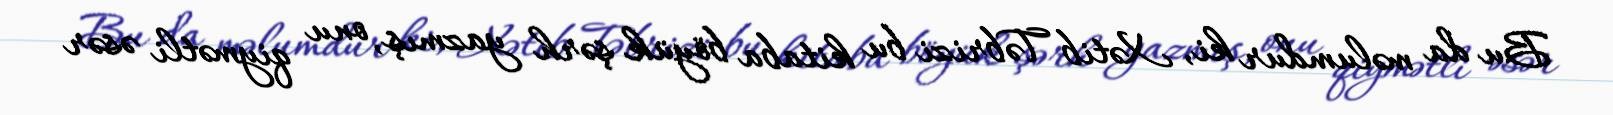
Bu da məlumdur ki, Xətib Təbrizi bu kitaba böyük şərh yazmış, onu qiymətli əsər